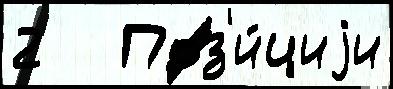
2   Поз'и́циjи